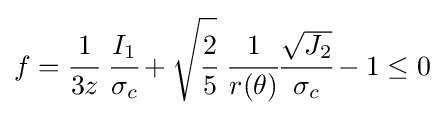
f={\cfrac {1}{3z}}~{\cfrac {I_{1}}{\sigma _{c}}}+{\sqrt {\cfrac {2}{5}}}~{\cfrac {1}{r(\theta )}}{\cfrac {\sqrt {J_{2}}}{\sigma _{c}}}-1\leq 0